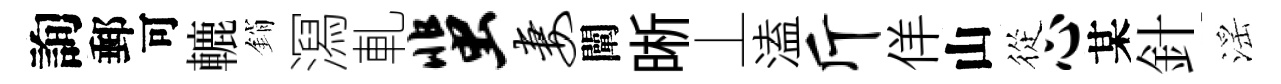
詢郵可轆銷㵼軋蜚妻闡晰丄溘斤佯山從心某針滛